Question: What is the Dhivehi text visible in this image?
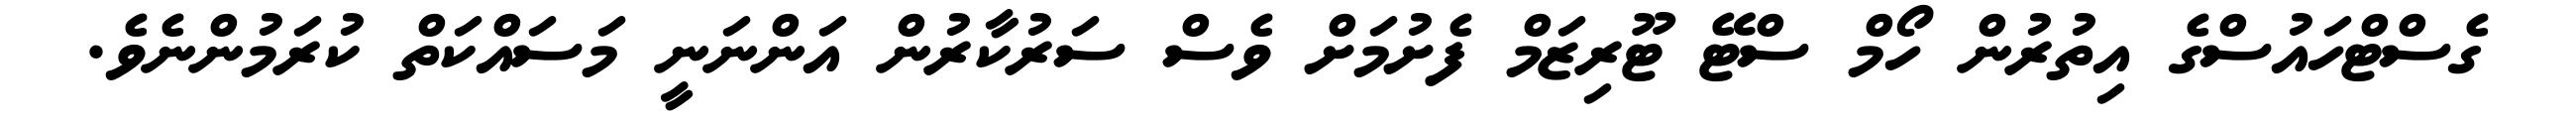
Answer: ގެސްޓްހައުސްގެ އިތުރުން ހޯމް ސްޓޭ ޓޫރިޒަމް ފެށުމަށް ވެސް ސަރުކާރުން އަންނަނީ މަސައްކަތް ކުރަމުންނެވެ.